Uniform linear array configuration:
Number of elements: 32
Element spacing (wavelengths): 0.5
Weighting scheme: uniform
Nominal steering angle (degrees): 15
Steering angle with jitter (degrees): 15.157
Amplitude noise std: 0.05
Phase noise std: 0.05

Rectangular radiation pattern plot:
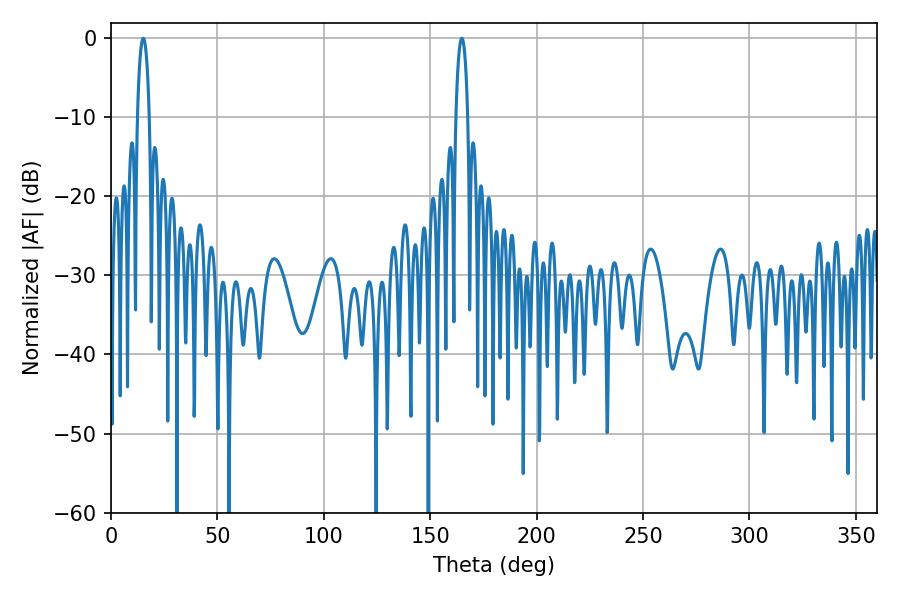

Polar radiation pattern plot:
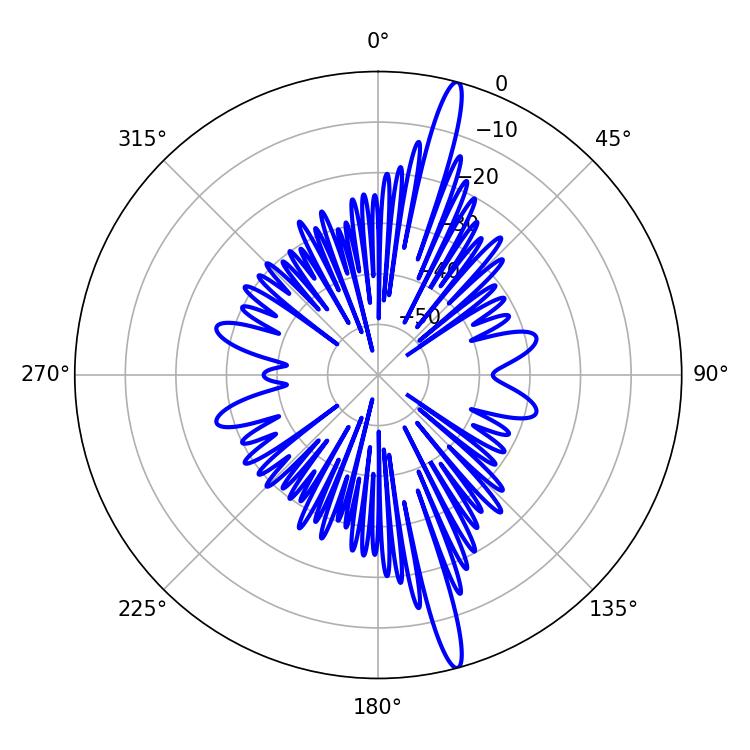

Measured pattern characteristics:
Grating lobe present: FALSE
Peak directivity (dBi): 17.786
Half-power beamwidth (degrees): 3.06
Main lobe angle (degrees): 164.88